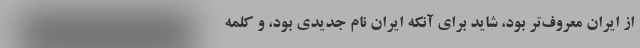
از ایران معروف‌تر بود، شاید برای آنکه ایران نام جدیدی بود، و کلمه